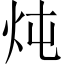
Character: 炖